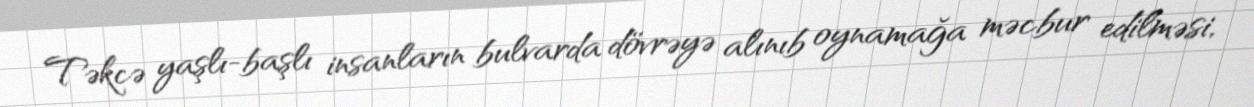
Təkcə yaşlı-başlı insanların bulvarda dövrəyə alınıb oynamağa məcbur edilməsi,